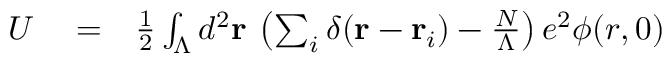
\begin{array} { r l r } { U } & { { } = } & { \frac { 1 } { 2 } \int _ { \Lambda } d ^ { 2 } { \bf r } \: \left( \sum _ { i } \delta ( { \bf r } - { \bf r } _ { i } ) - \frac { N } { \Lambda } \right) e ^ { 2 } \phi ( r , 0 ) } \end{array}